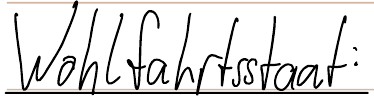
Wohlfahrtsstaat: